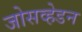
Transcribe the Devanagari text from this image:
जोसव्हेडन